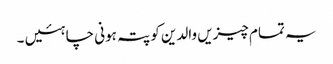
یہ تمام چیزیں والدین کو پتہ ہونی چاہئیں ۔